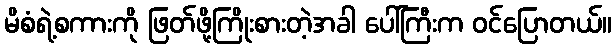
မိစံရဲ့စကားကို ဖြတ်ဖို့ကြိုးစားတဲ့အခါ ပေါ်ကြီးက ဝင်ပြောတယ်။